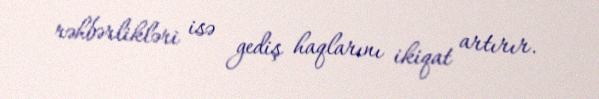
rəhbərlikləri isə gediş haqlarını ikiqat artırır.